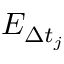
E _ { \Delta t _ { j } }